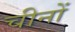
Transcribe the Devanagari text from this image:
चीनों